Civil Veterinary Department Bengal reports 1933-51 - 1933-1951
Year: 1933
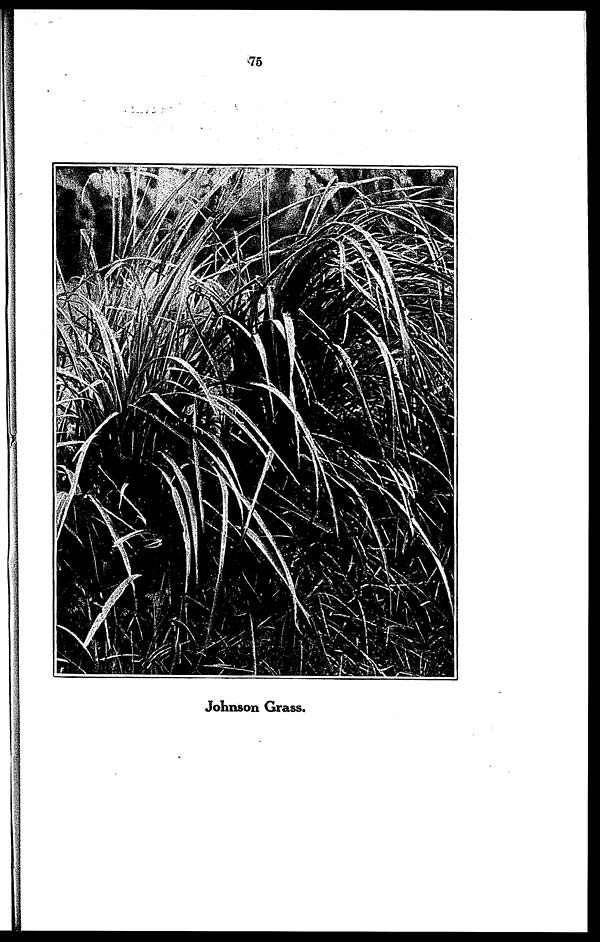
75
Johnson Grass.